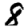
Digit: 8